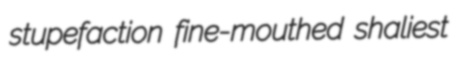
stupefaction fine-mouthed shaliest